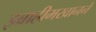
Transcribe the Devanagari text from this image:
इब्राहीमखानने